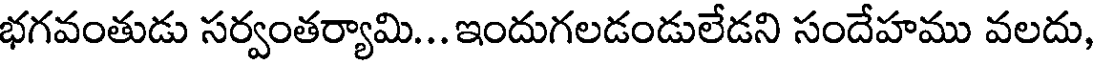
భగవంతుడు సర్వంతర్యామి... ఇందుగలడండులేడని సందేహము వలదు,